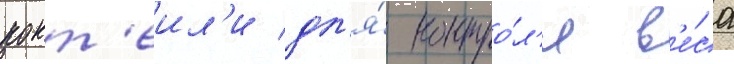
кокт'еил'и дл'я́ контро́л'я в'е́са